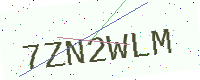
Text: 7ZN2WLM